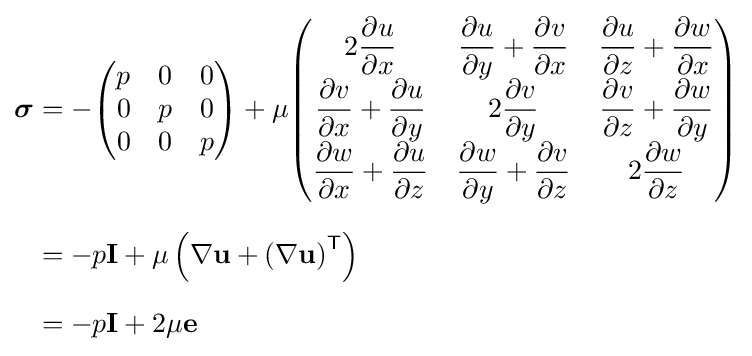
{\begin{aligned}{\boldsymbol {\sigma }}&=-{\begin{pmatrix}p&0&0\\0&p&0\\0&0&p\end{pmatrix}}+\mu {\begin{pmatrix}2\displaystyle {\frac {\partial u}{\partial x}}&\displaystyle {{\frac {\partial u}{\partial y}}+{\frac {\partial v}{\partial x}}}&\displaystyle {{\frac {\partial u}{\partial z}}+{\frac {\partial w}{\partial x}}}\\\displaystyle {{\frac {\partial v}{\partial x}}+{\frac {\partial u}{\partial y}}}&2\displaystyle {\frac {\partial v}{\partial y}}&\displaystyle {{\frac {\partial v}{\partial z}}+{\frac {\partial w}{\partial y}}}\\\displaystyle {{\frac {\partial w}{\partial x}}+{\frac {\partial u}{\partial z}}}&\displaystyle {{\frac {\partial w}{\partial y}}+{\frac {\partial v}{\partial z}}}&2\displaystyle {\frac {\partial w}{\partial z}}\end{pmatrix}}\\[6px]&=-p\mathbf {I} +\mu \left(\nabla \mathbf {u} +\left(\nabla \mathbf {u} \right)^{\mathsf {T}}\right)\\[6px]&=-p\mathbf {I} +2\mu \mathbf {e} \end{aligned}}